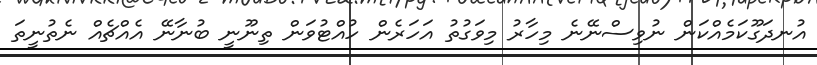
އުނދަގޫކަމެއްކަން ނުވިސްނޭނެ މިހާރު މިވަގުތު އަހަރެން ހުއްޓުވަން ތިނޫނީ ބުނާނޭ އެއްޗެއް ނެތުނީތަ